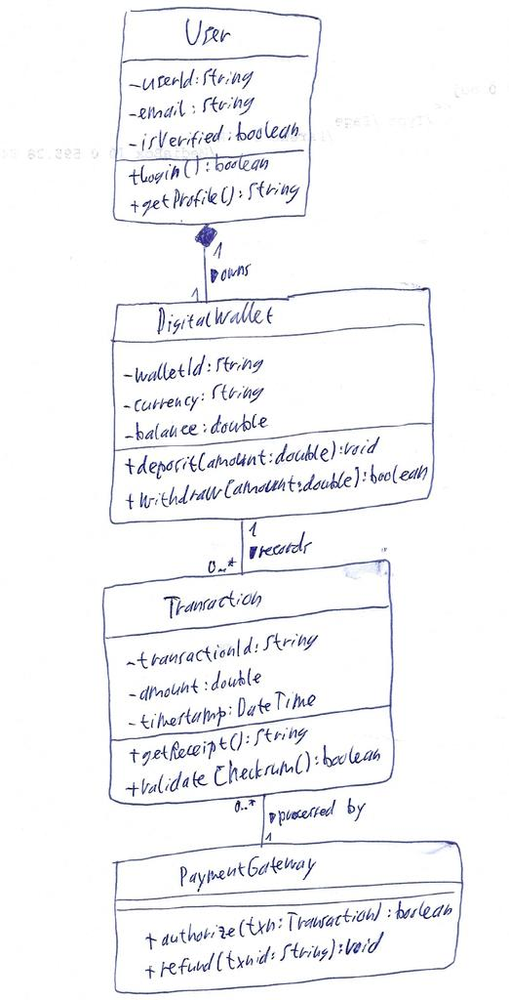
Diagram type: class_diagram
```plantuml
@startuml

class User {
    - userId: String
    - email: String
    - isVerified: boolean
    + login(): boolean
    + getProfile(): String
}

class DigitalWallet {
    - walletId: String
    - currency: String
    - balance: double
    + deposit(amount: double): void
    + withdraw(amount: double): boolean
}

class Transaction {
    - transactionId: String
    - amount: double
    - timestamp: DateTime
    + getReceipt(): String
    + validateChecksum(): boolean
}

class PaymentGateway {
    + authorize(txn: Transaction): boolean
    + refund(txnid: String): void
}

User "1" *-- "1" DigitalWallet : owns >
DigitalWallet "1" -- "0..*" Transaction : records >
Transaction "0..*" -- "1" PaymentGateway : processed by >

@enduml
```